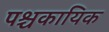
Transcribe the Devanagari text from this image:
पश्चकायिक